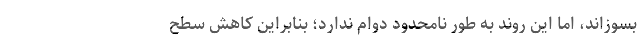
بسوزاند، اما این روند به طور نامحدود دوام ندارد؛ بنابراین کاهش سطح